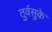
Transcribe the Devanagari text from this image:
तुर्वसुके